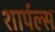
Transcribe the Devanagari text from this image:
शार्पल्स